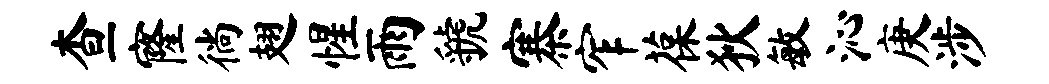
查窿徜翅惺雨虢寨窄葆狄敏沁庚涉